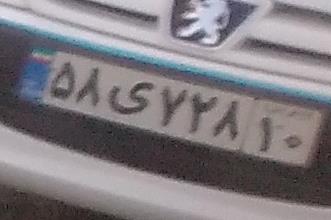
۵۸ی۷۲۸۱۰